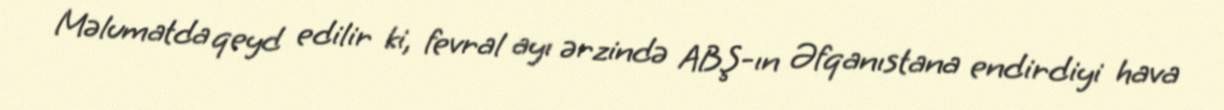
Məlumatda qeyd edilir ki, fevral ayı ərzində ABŞ-ın Əfqanıstana endirdiyi hava